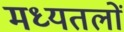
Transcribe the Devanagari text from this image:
मध्यतलों